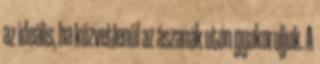
az ideális, ha közvetlenül az ászanák után gyakoroljuk. A